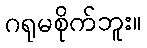
ဂရုမစိုက်ဘူး။